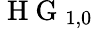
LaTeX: \mathrm{~H~G~}_{1,0}